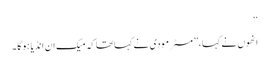
‘‘
انھوں نے کہا،’’ مسٹر مودی نے کہاتھا کہ میک ان انڈیا ہوگا ۔